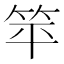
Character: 𬔳